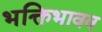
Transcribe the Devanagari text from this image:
भक्तिभावव